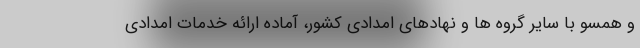
و همسو با سایر گروه ها و نهادهای امدادی کشور، آماده ارائه خدمات امدادی